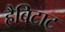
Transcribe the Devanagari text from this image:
हैबिटाट